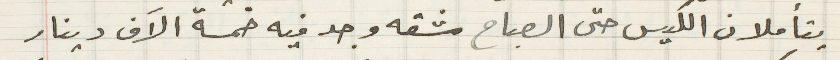
يتأملان الكيس حتى الصباح شقه وجد فيه خمسة الاَف دينار